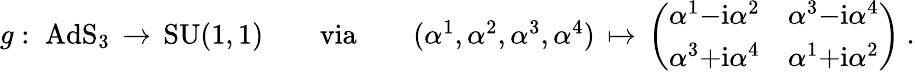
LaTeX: \begin{array}{r}{g:\; \mathrm{AdS_{3}}\, \rightarrow\, \mathrm{SU(1,1)}\qquad\mathrm{via}\qquad(\alpha^{1},\alpha^{2},\alpha^{3},\alpha^{4})\, \mapsto\, \left(\begin{array}{ll}{\alpha^{1}{-}\mathrm{i}\alpha^{2}}&{\alpha^{3}{-}\mathrm{i}\alpha^{4}}\\ {\alpha^{3}{+}\mathrm{i}\alpha^{4}}&{\alpha^{1}{+}\mathrm{i}\alpha^{2}}\end{array}\right)\ .}\end{array}